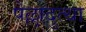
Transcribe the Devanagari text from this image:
पेल्लादुत्था